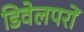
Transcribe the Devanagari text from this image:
डिवेलपरों